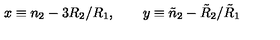
x \equiv n _ { 2 } - 3 R _ { 2 } / R _ { 1 } , \qquad y \equiv \tilde { n } _ { 2 } - \tilde { R } _ { 2 } / \tilde { R } _ { 1 }